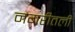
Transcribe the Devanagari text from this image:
नगरीतली